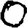
Digit: 0